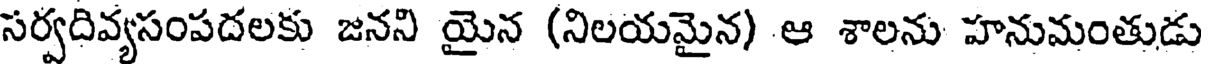
సర్వదివ్యసంపదలకు జనని యైన (నిలయమైన) ఆ శాలను హనుమంతుడు